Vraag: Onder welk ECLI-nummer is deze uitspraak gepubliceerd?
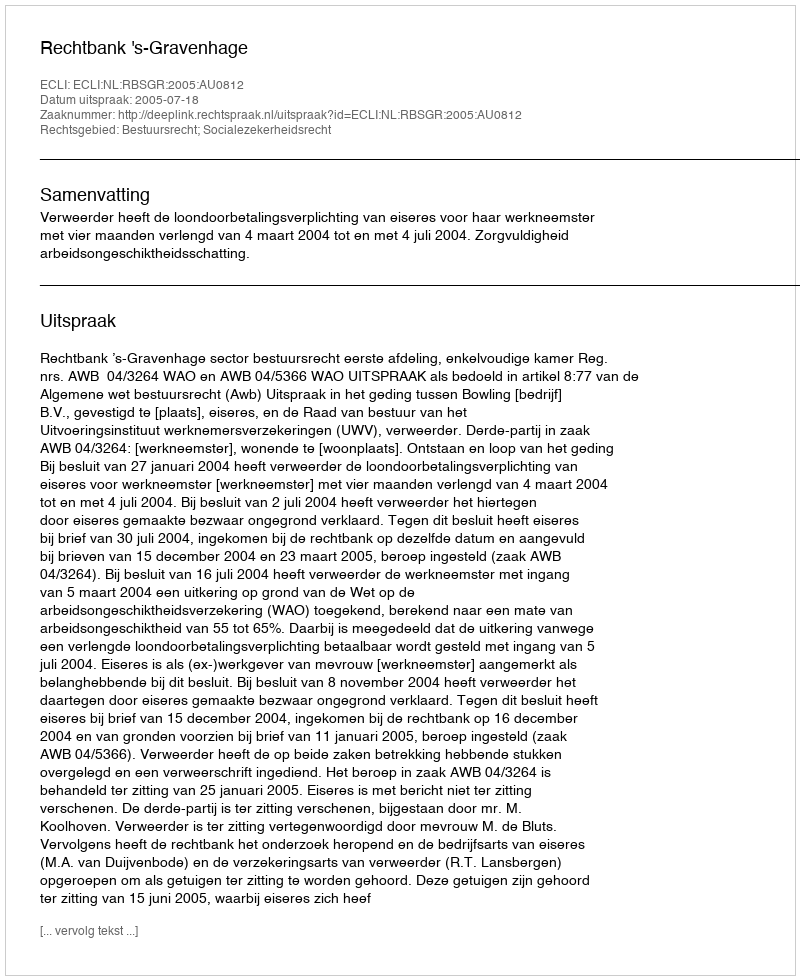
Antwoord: ECLI:NL:RBSGR:2005:AU0812